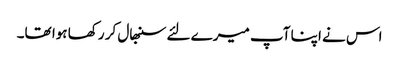
اس نے اپنا آپ میرے لئے سنبھال کر رکھا ہوا تھا۔